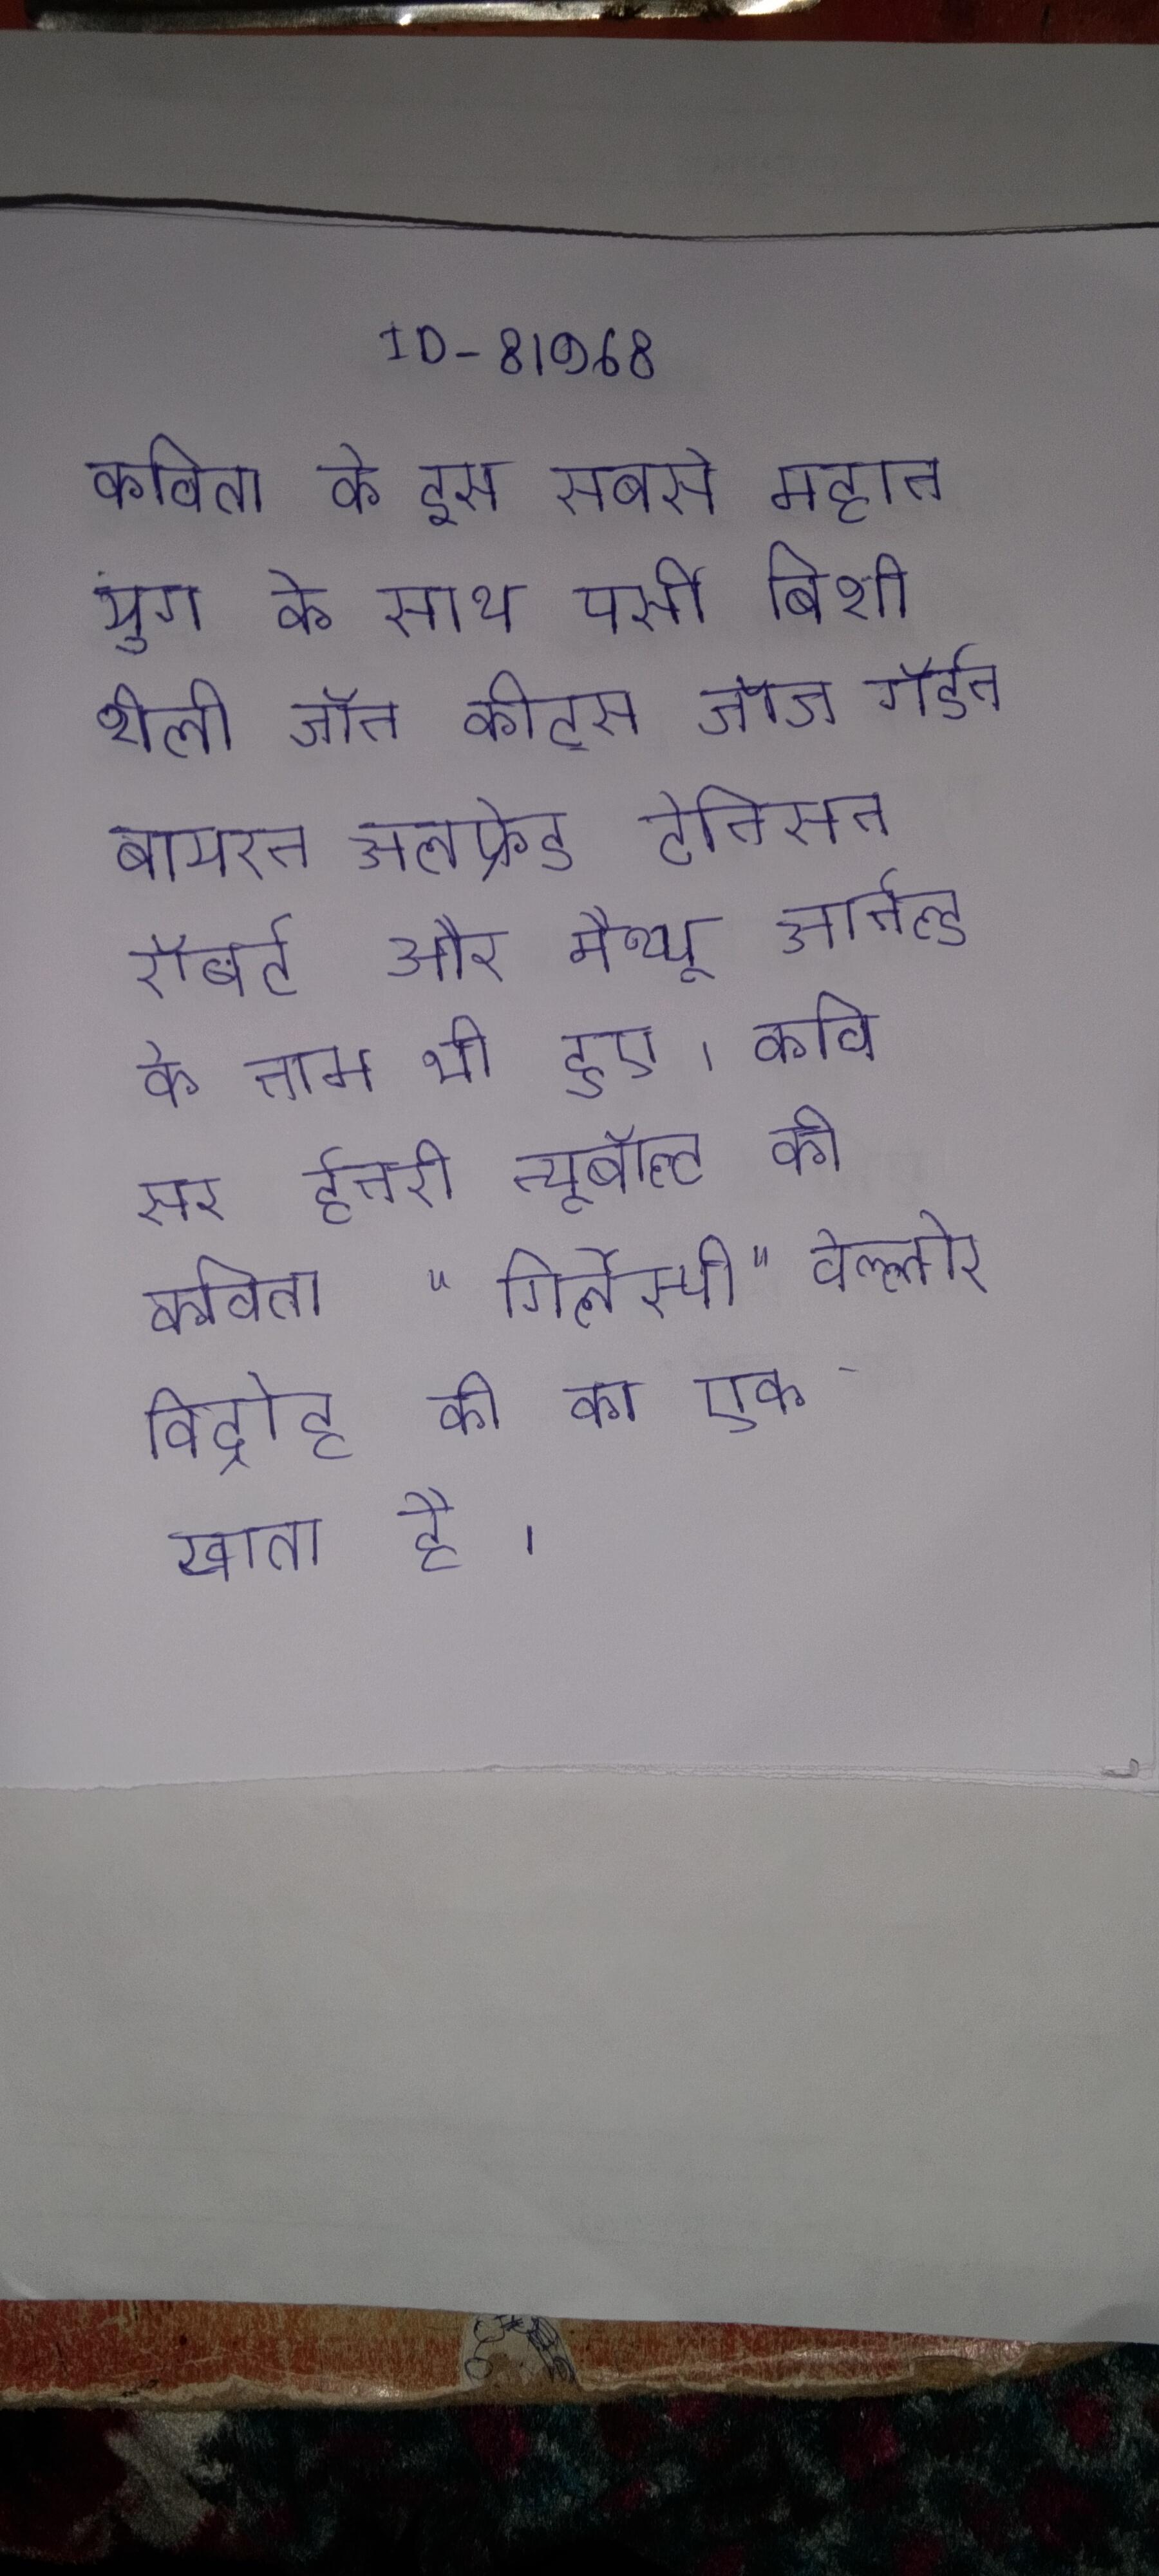
कविता के इस सबसे महान युग के साथ पर्सी बिशी शेली जॉन कीट्स जॉर्ज गॉर्डन बायरन अलफ्रेड टेनिसन रॉबर्ट और मैथ्यू आर्नल्ड के नाम भी हुए । कवि सर हेनरी न्यूबॉल्ट की कविता "गिलेस्पी" वेल्लोर विद्रोह की का एक खाता है ।